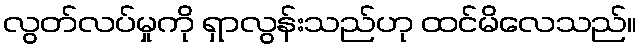
လွတ်လပ်မှုကို ရှာလွန်းသည်ဟု ထင်မိလေသည်။